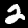
Digit: 2